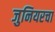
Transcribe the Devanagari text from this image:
जुनियरचा